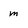
Character: m